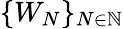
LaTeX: \{ W_{N}\} _{N\in\mathbb{N}}